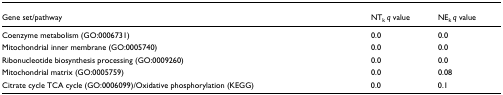
<table><thead><tr><td><b>Gene set/pathway</b></td><td><b>NT<sub>k </sub><i>q </i>value</b></td><td><b>NE<sub>k </sub><i>q </i>value</b></td></tr></thead><tbody><tr><td>Coenzyme metabolism (GO:0006731)</td><td>0.0</td><td>0.0</td></tr><tr><td>Mitochondrial inner membrane (GO:0005740)</td><td>0.0</td><td>0.0</td></tr><tr><td>Ribonucleotide biosynthesis processing (GO:0009260)</td><td>0.0</td><td>0.0</td></tr><tr><td>Mitochondrial matrix (GO:0005759)</td><td>0.0</td><td>0.08</td></tr><tr><td>Citrate cycle TCA cycle (GO:0006099)/Oxidative phosphorylation (KEGG)</td><td>0.0</td><td>0.1</td></tr></tbody></table>